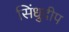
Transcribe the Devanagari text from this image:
सिंधुदीप